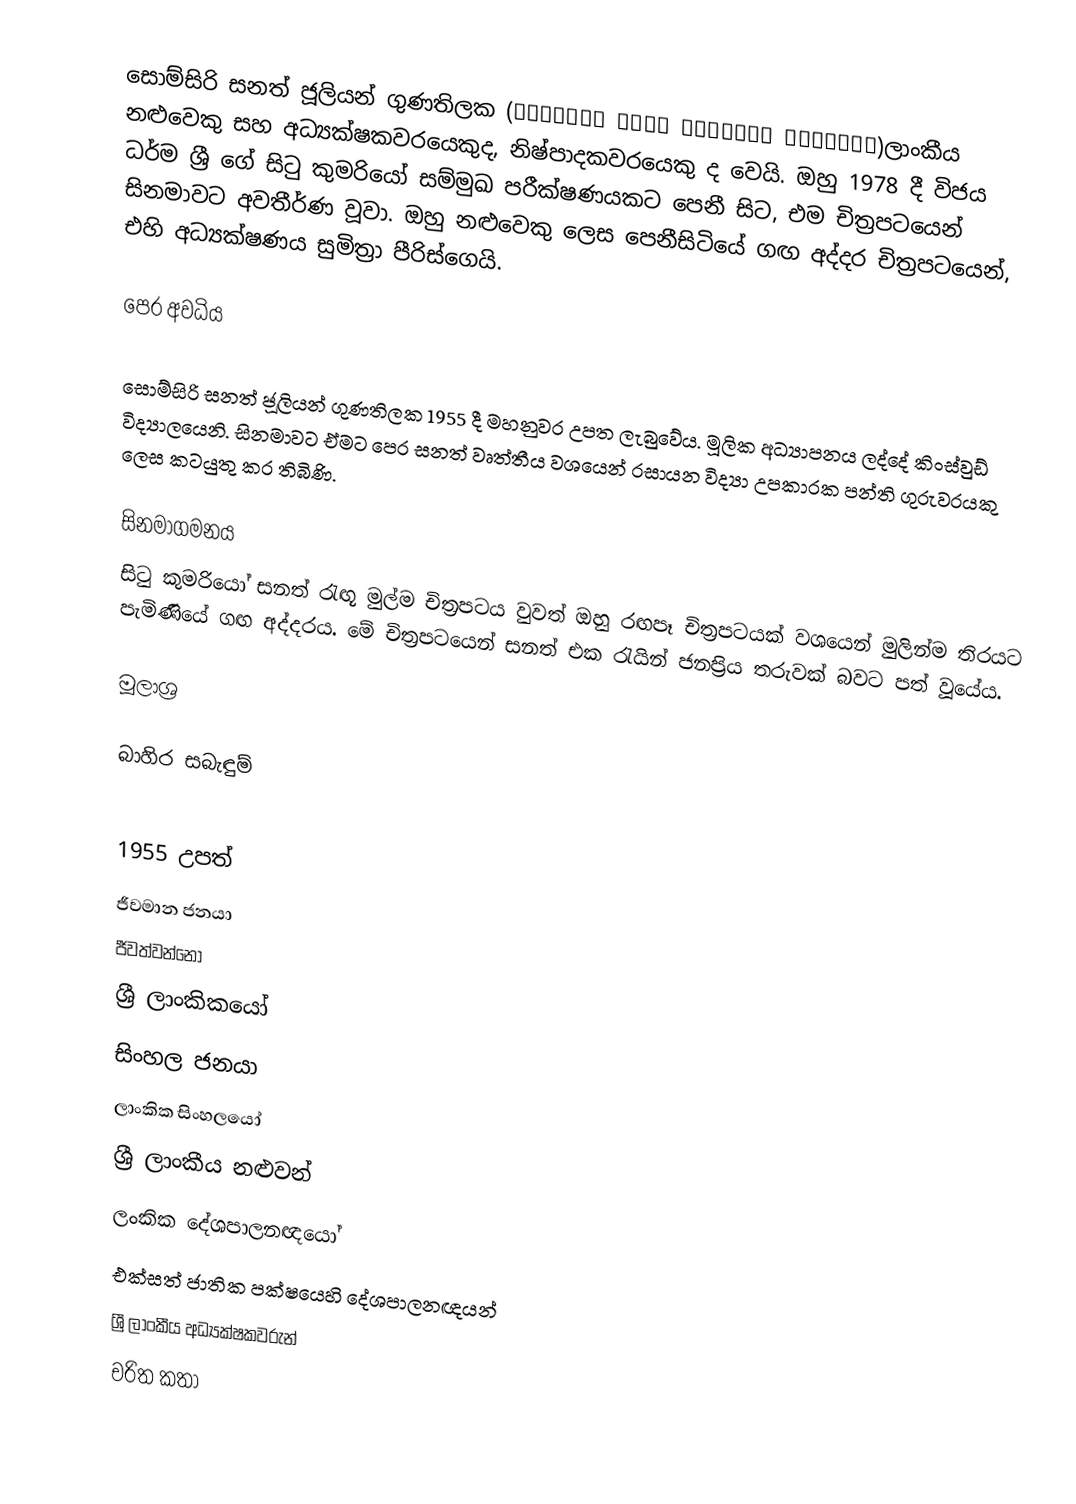
සොම්සිරි සනත් ජූලියන් ගුණතිලක (கோமசிரி சளத் ஐஊலியள் குணதிலக)ලාංකීය නළුවෙකු සහ අධ්‍යක්ෂකවරයෙකුද, නිෂ්පාදකවරයෙකු ද වෙයි. ඔහු 1978 දී විජය ධර්ම ශ්‍රී ගේ සිටු කුමරියෝ සම්මුඛ පරීක්ෂණයකට පෙනී සිට, එම චිත්‍රපටයෙන් සිනමාවට අවතීර්ණ වූවා. ඔහු නළුවෙකු ලෙස පෙනීසිටියේ ගඟ අද්දර චිත්‍රපටයෙන්, එහි අධ්‍යක්ෂණය සුමිත්‍රා පීරිස්ගෙයි.

පෙර අවධිය

සොම්සිරි සනත් ජූලියන් ගුණතිලක 1955 දී මහනුවර උපත ලැබුවේය. මූලික අධ්‍යාපනය ලද්දේ කිංස්වුඩ් විද්‍යාලයෙනි. සිනමාවට ඒමට පෙර සනත් වෘත්තීය වශයෙන් රසායන විද්‍යා උපකාරක පන්ති ගුරුවරයකු ලෙස කටයුතු කර තිබිණි.

සිනමාගමනය
සිටු කුමරියෝ සනත් රැඟූ මුල්ම චිත්‍රපටය වුවත් ඔහු රඟපෑ චිත්‍රපටයක් වශයෙන් මුලින්ම තිරයට පැමිණියේ ගඟ අද්දරය. මේ චිත්‍රපටයෙන් සනත් එක රැයින් ජනප්‍රිය තරුවක් බවට පත් වූයේය.

මූලාශ්‍ර

බාහිර සබැඳුම්

1955 උපත්
ජීවමාන ජනයා
ජීවත්වන්නෝ
ශ්‍රී ලාංකිකයෝ
සිංහල ජනයා
ලාංකික සිංහලයෝ
ශ්‍රී ලාංකීය නළුවන්
ලංකික දේශපාලනඥයෝ
එක්සත් ජාතික පක්ෂයෙහි දේශපාලනඥයන්
ශ්‍රී ලාංකීය අධ්‍යක්ෂකවරුන්
චරිත කතා